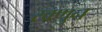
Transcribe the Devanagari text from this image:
खणुन